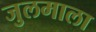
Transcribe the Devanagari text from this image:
जुलमाला